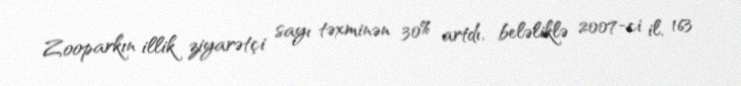
Zooparkın illik ziyarətçi sayı təxminən 30% artdı, beləliklə 2007-ci il, 163